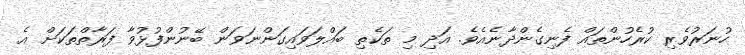
ހުނަރުވެރި ކުރެހުންތައް ފެނިގެންދާނެއެވެ. އަދި މި ތަކެތި ބައްލަވައިގަންނަވަން ބޭނުންފުޅުވާ ފަރާތްތަކަށް އެ